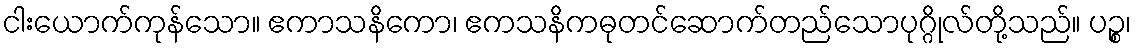
ငါးယောက်ကုန်သော။ ဧကာသနိကော၊ ဧကသနိကဓုတင်ဆောက်တည်သောပုဂ္ဂိုလ်တို့သည်။ ပဉ္စ၊